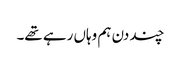
چند دن ہم وہاں رہے تھے۔